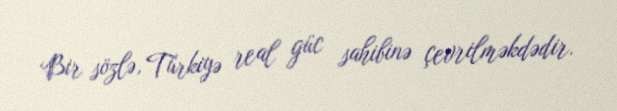
Bir sözlə, Türkiyə real güc sahibinə çevrilməkdədir.